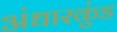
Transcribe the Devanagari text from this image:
अंधारकुंड